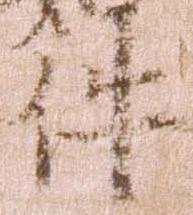
件